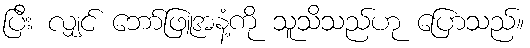
ပြီး လျှင် ဘော်ဖြူအနံ့ကို သူသိသည်ဟု ပြောသည်။